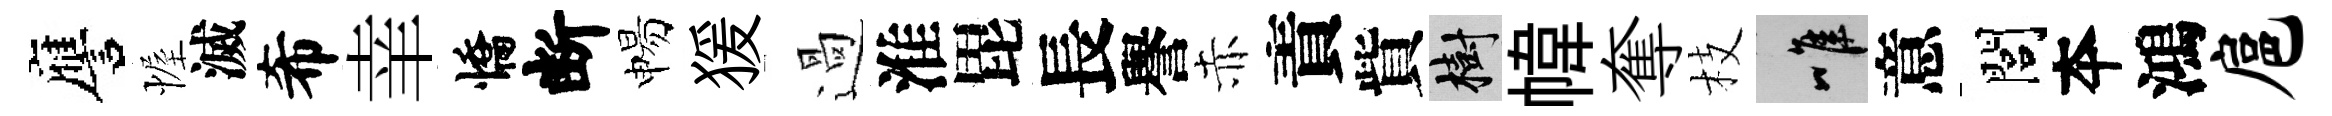
譍幄滅希𦍒憍断惕猨過淮毘長譽赤責貲樹幃奪枝唯意閭夲鴻扈